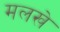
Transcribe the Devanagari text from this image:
मलखे